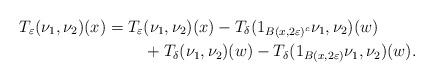
LaTeX: \begin{align*}T_{\varepsilon}(\nu_1, \nu_2)(x) = T_{\varepsilon}&(\nu_1, \nu_2)(x) - T_{\delta}(1_{B(x,2\varepsilon)^c}\nu_1, \nu_2)(w) \\&+ T_{\delta}(\nu_1, \nu_2)(w) - T_{\delta}(1_{B(x,2\varepsilon)}\nu_1, \nu_2)(w).\end{align*}